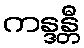
ကန္ဒန္တီ